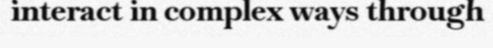
interact in complex ways through